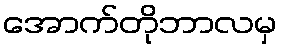
အောက်တိုဘာလမှ